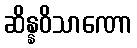
ဆိန္နဝိသာဏော